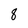
Character: 8